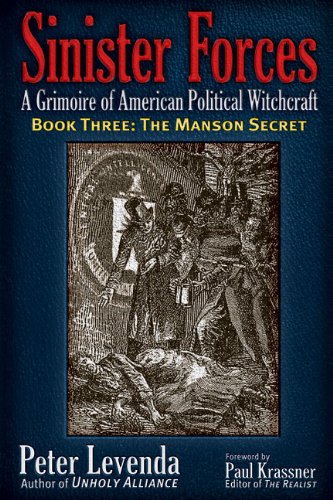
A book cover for Sinister ForcesEEThe Manson Secret: A Grimoire of American Political Witchcraft (Sinister Forces: A Grimoire of American Political Witchcraft); Peter Levenda; Religion & Spirituality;